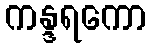
ကန္ဒရကော